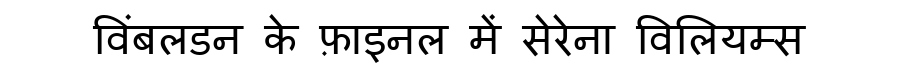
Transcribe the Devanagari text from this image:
विंबलडन के फ़ाइनल में सेरेना विलियम्स